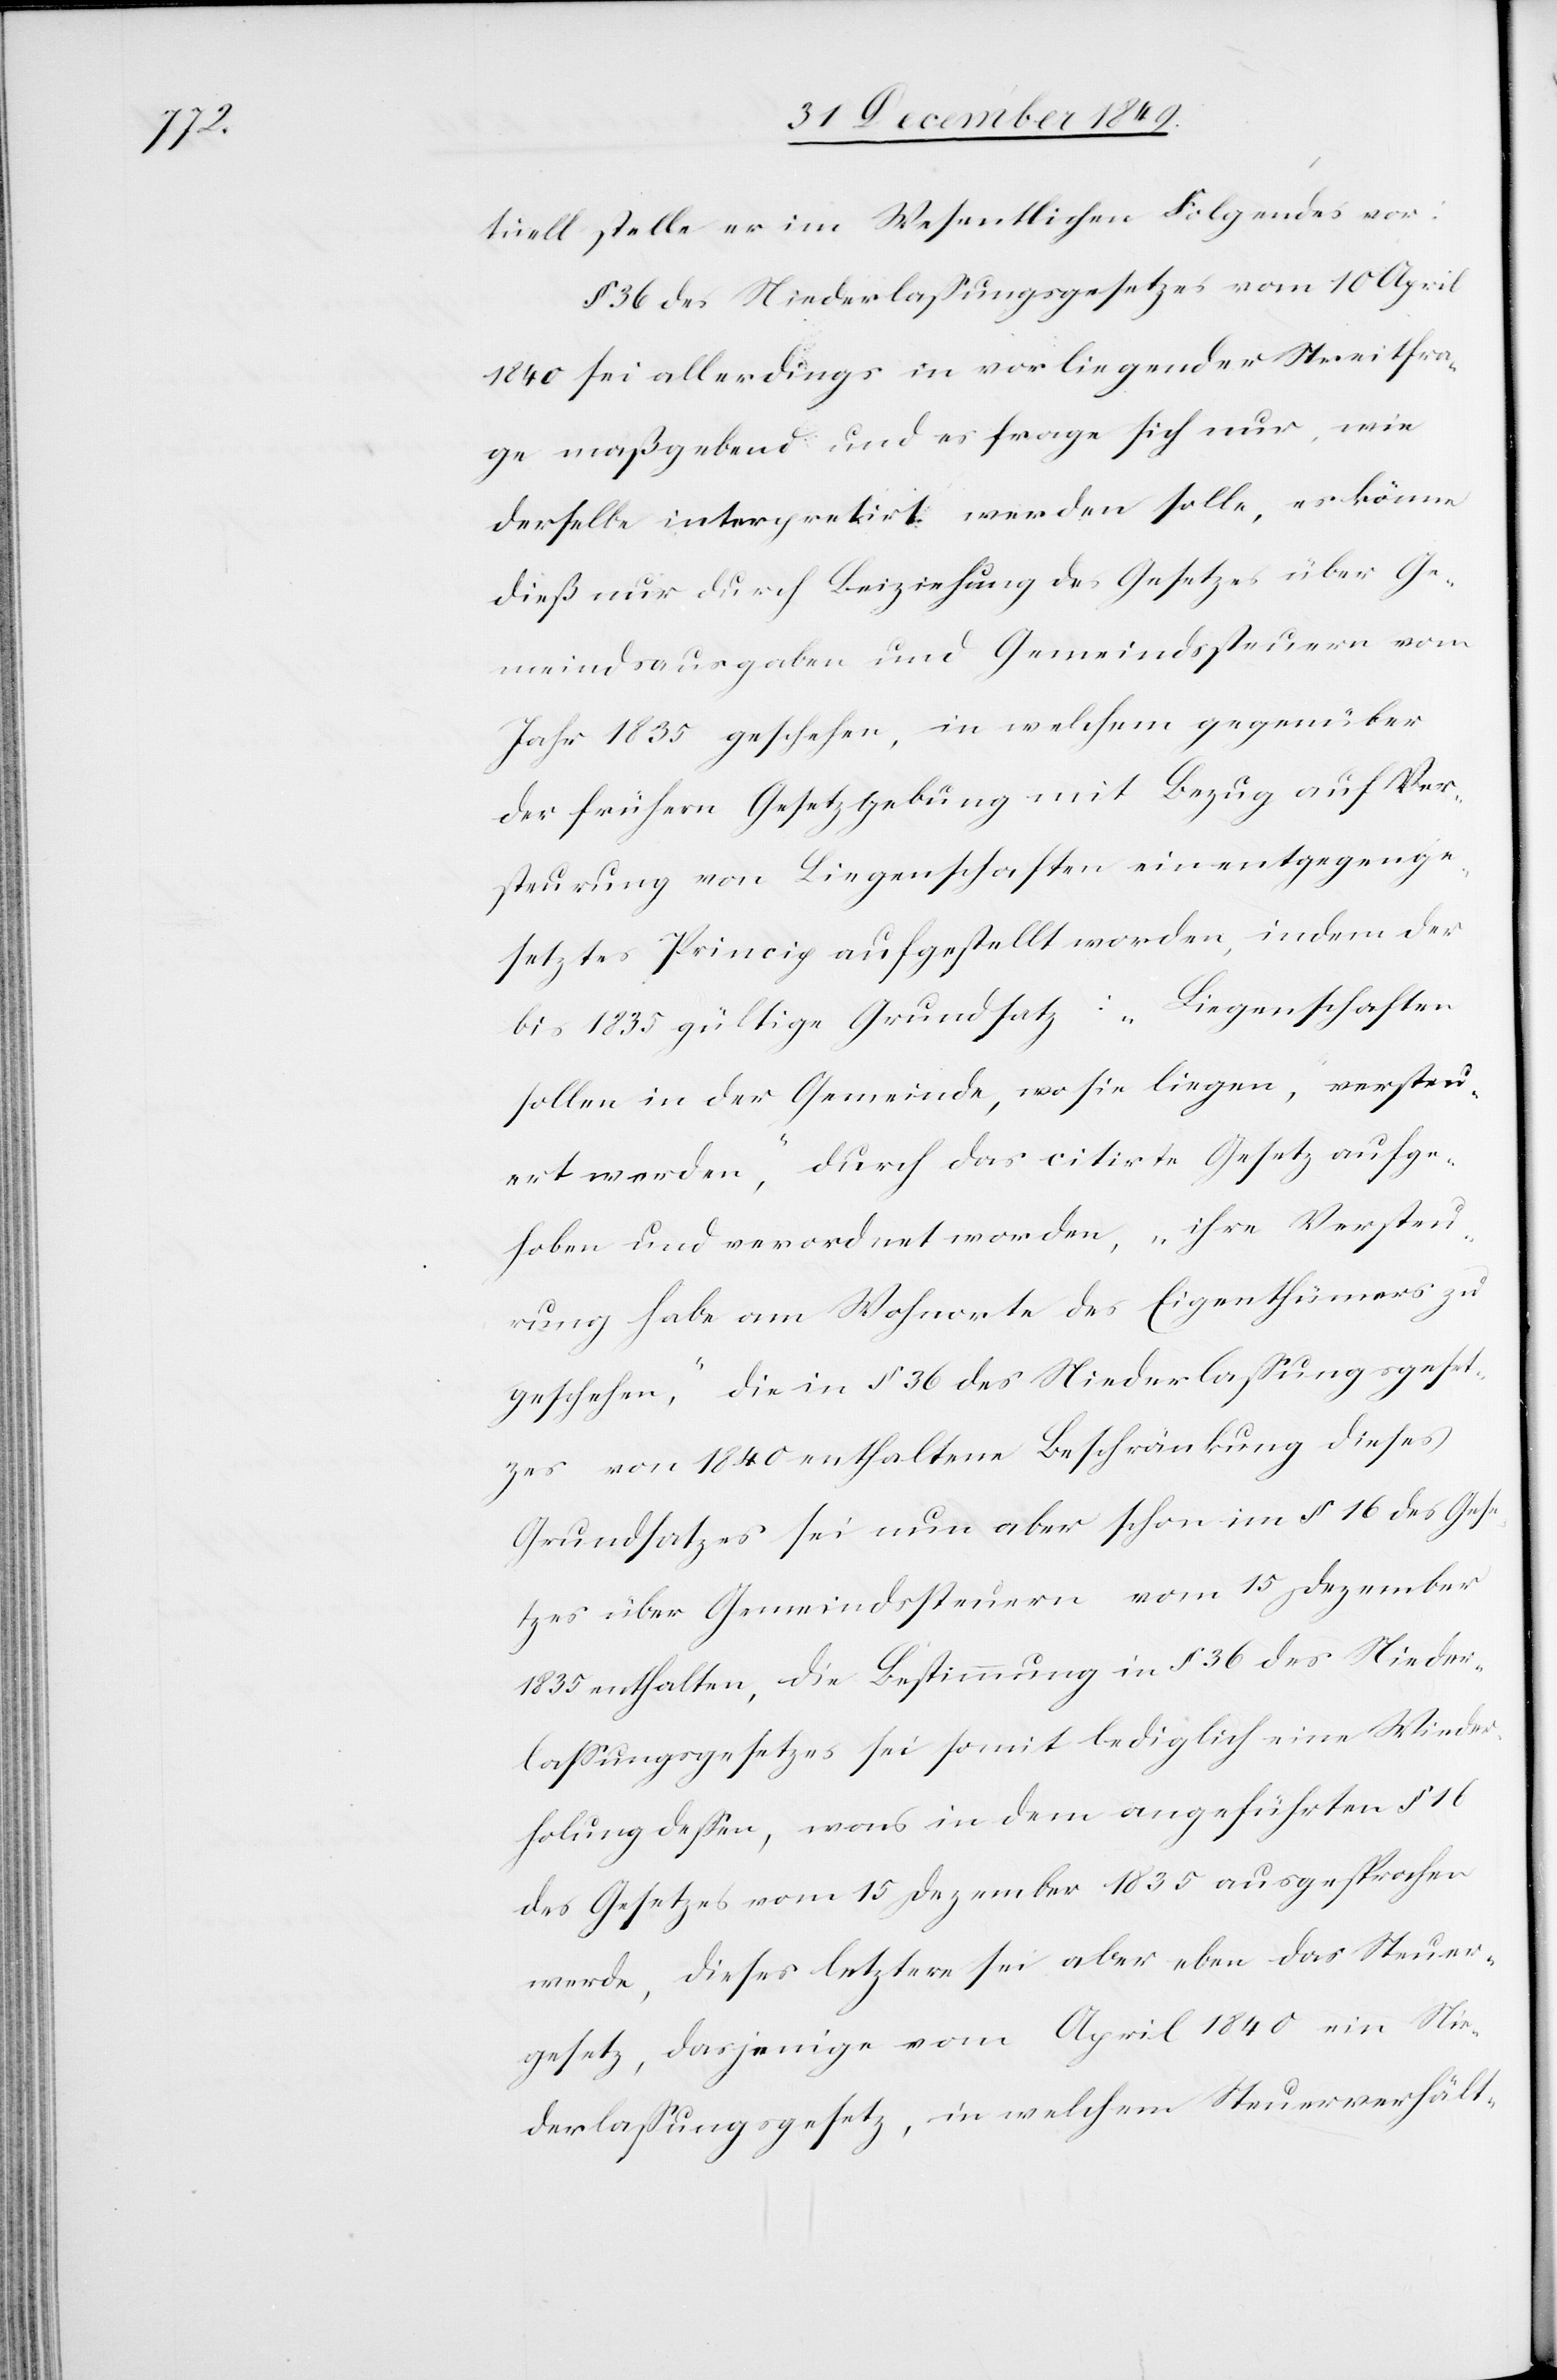
tuell stelle er im Wesentlichen Folgendes vor:
§ 36 des Niederlaßungesetzes vom 10 April
1840 sei allerdings in vorliegender Streitfra¬
ge maßgebend und es frage sich nur, wie
derselbe integrirt werden solle, es könne
dieß nur durch Beiziehung des Gesetzes über Ge¬
meindsausgaben und Gemeindssteuern vom
Jahr 1835 geschehen, in welchem gegenüber
der frühern Gesetzgebung mit Bezug auf Ver¬
steuerung von Liegenschaften ein entgegenge¬
setztes Princip aufgestellt worden, indem der
bis 1835 gültige Grundsatz: „Liegenschaften
sollen in der Gemeinde, wo sie liegen, versteu¬
ert werden“, durch das citirte Gesetz aufge¬
hoben und verordnet worden, „ihre Versteue¬
rung habe am Wohnorte des Eigenthümers zu
geschehen,“ die im § 36 des Niederlaßungeset¬
zes von 1840 enthaltene Beschränkung dieses
Grundsatzes sei nun aber schon im § 16 des Gese¬
tzes über Gemeindssteuern vom 15 Dezember
1835 enthalten, die Bestimmung in § 36 des Nieder¬
laßungesetzes sei somit lediglich eine Wieder¬
holung deßen, was in dem angeführten § 16
des Gesetzes vom 15 Dezember 1835 ausgesprochen
werde, dieses letztere sei aber eben das Steuer¬
gesetz, dasjenige vom April 1840 ein Nie¬
derlaßungesetz, in welchem Steuerverhält-